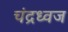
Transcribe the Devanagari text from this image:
चंद्रध्वज